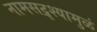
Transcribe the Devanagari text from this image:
नामसद्रृश्यामुळं